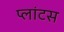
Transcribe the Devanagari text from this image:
प्लांटस